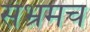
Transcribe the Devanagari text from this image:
संभ्रमच